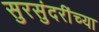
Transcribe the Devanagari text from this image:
सुरसुंदरींच्या